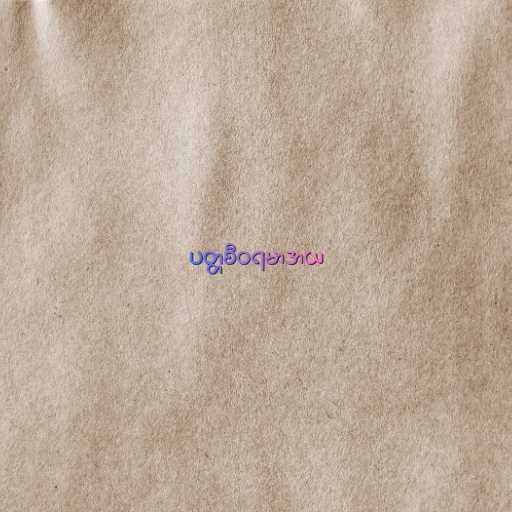
ပတ္တစီဝရမာဒာယ